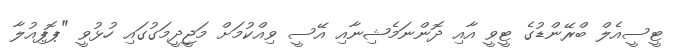
ޓީސީއެލް ބްރޭންޑުގެ ޓީވީ އާއި ދޮންނަމެޝިނާއި އޭސީ ވިއްކުމަށް މަޖީދީމަގުގައި ހުޅުވީ "ޕޮޕިއުލާ